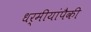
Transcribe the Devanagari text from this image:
धर्मीयांपैकी